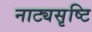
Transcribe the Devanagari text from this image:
नाट्यसृष्टि